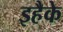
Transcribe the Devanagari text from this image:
इहैके